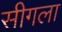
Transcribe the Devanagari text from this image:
सीगला